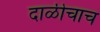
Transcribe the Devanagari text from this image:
दाळीचाच